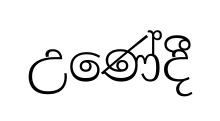
උණේදී